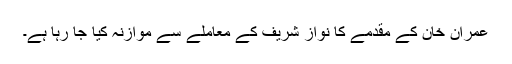
عمران خان کے مقدمے کا نواز شریف کے معاملے سے موازنہ کیا جا رہا ہے۔